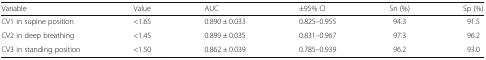
<table><thead><tr><td><b>Variable</b></td><td><b>Value</b></td><td><b>AUC</b></td><td><b>±95% CI</b></td><td><b>Sn (%)</b></td><td><b>Sp (%)</b></td></tr></thead><tbody><tr><td>CV1 in supine position</td><td>&lt;1.65</td><td>0.890 ± 0.033</td><td>0.825–0.955</td><td>94.3</td><td>91.5</td></tr><tr><td>CV2 in deep breathing</td><td>&lt;1.45</td><td>0.899 ± 0.035</td><td>0.831–0.967</td><td>97.3</td><td>96.2</td></tr><tr><td>CV3 in standing position</td><td>&lt;1.50</td><td>0.862 ± 0.039</td><td>0.785–0.939</td><td>96.2</td><td>93.0</td></tr></tbody></table>